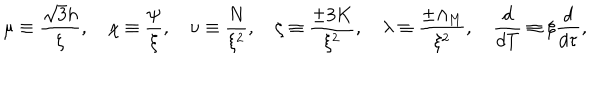
\mu \equiv \frac { \sqrt 3 h } { \xi } , \quad \chi \equiv \frac { \psi } { \xi } , \quad \nu \equiv \frac { N } { \xi ^ { 2 } } , \quad \zeta \equiv \frac { \pm 3 K } { \xi ^ { 2 } } , \quad \lambda \equiv \frac { \pm \Lambda _ { \mathrm { M } } } { \xi ^ { 2 } } , \quad \frac { d } { d T } \equiv \xi \frac { d } { d \tau } ,